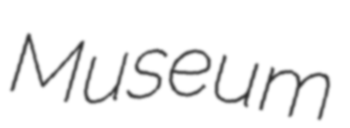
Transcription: Museum